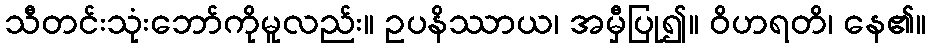
သီတင်းသုံးဘော်ကိုမူလည်း။ ဥပနိဿာယ၊ အမှီပြု၍။ ဝိဟရတိ၊ နေ၏။